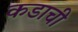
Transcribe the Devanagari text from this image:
कडाची